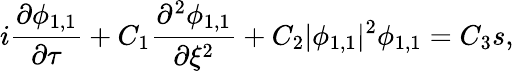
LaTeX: i\frac{\partial\phi_{1,1}}{\partial\tau}+C_{1}\frac{\partial^{2}\phi_{1,1}}{\partial\xi^{2}}+C_{2}|\phi_{1,1}|^{2}\phi_{1,1}=C_{3}s,